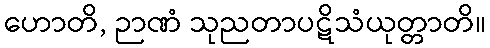
ဟောတိ, ဉာဏံ သုညတာပဋိသံယုတ္တာတိ။